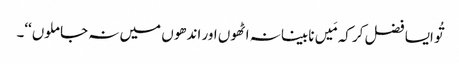
تُو ایسا فضل کر کہ مَیں نابینا نہ اٹھوں اور اندھوں میں نہ جا ملوں‘‘۔